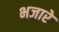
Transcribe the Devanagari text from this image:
भजारे